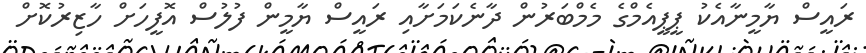
ރައީސް ޔާމީނާއެކު ޕީޕީއެމްގެ މެމްބަރުން ދާނެކަމަށާއި ރައީސް ޔާމީން ފުލުސް އޮފީހަށް ހާޒިރުކޮށް